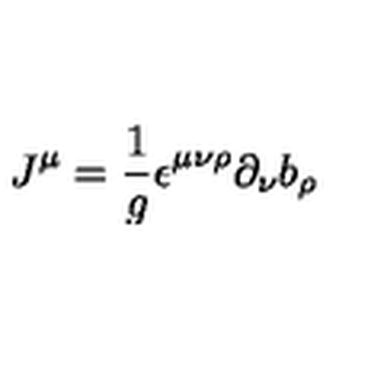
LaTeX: J ^ { \mu } = \frac { 1 } { g } \epsilon ^ { \mu \nu \rho } \partial _ { \nu } b _ { \rho }